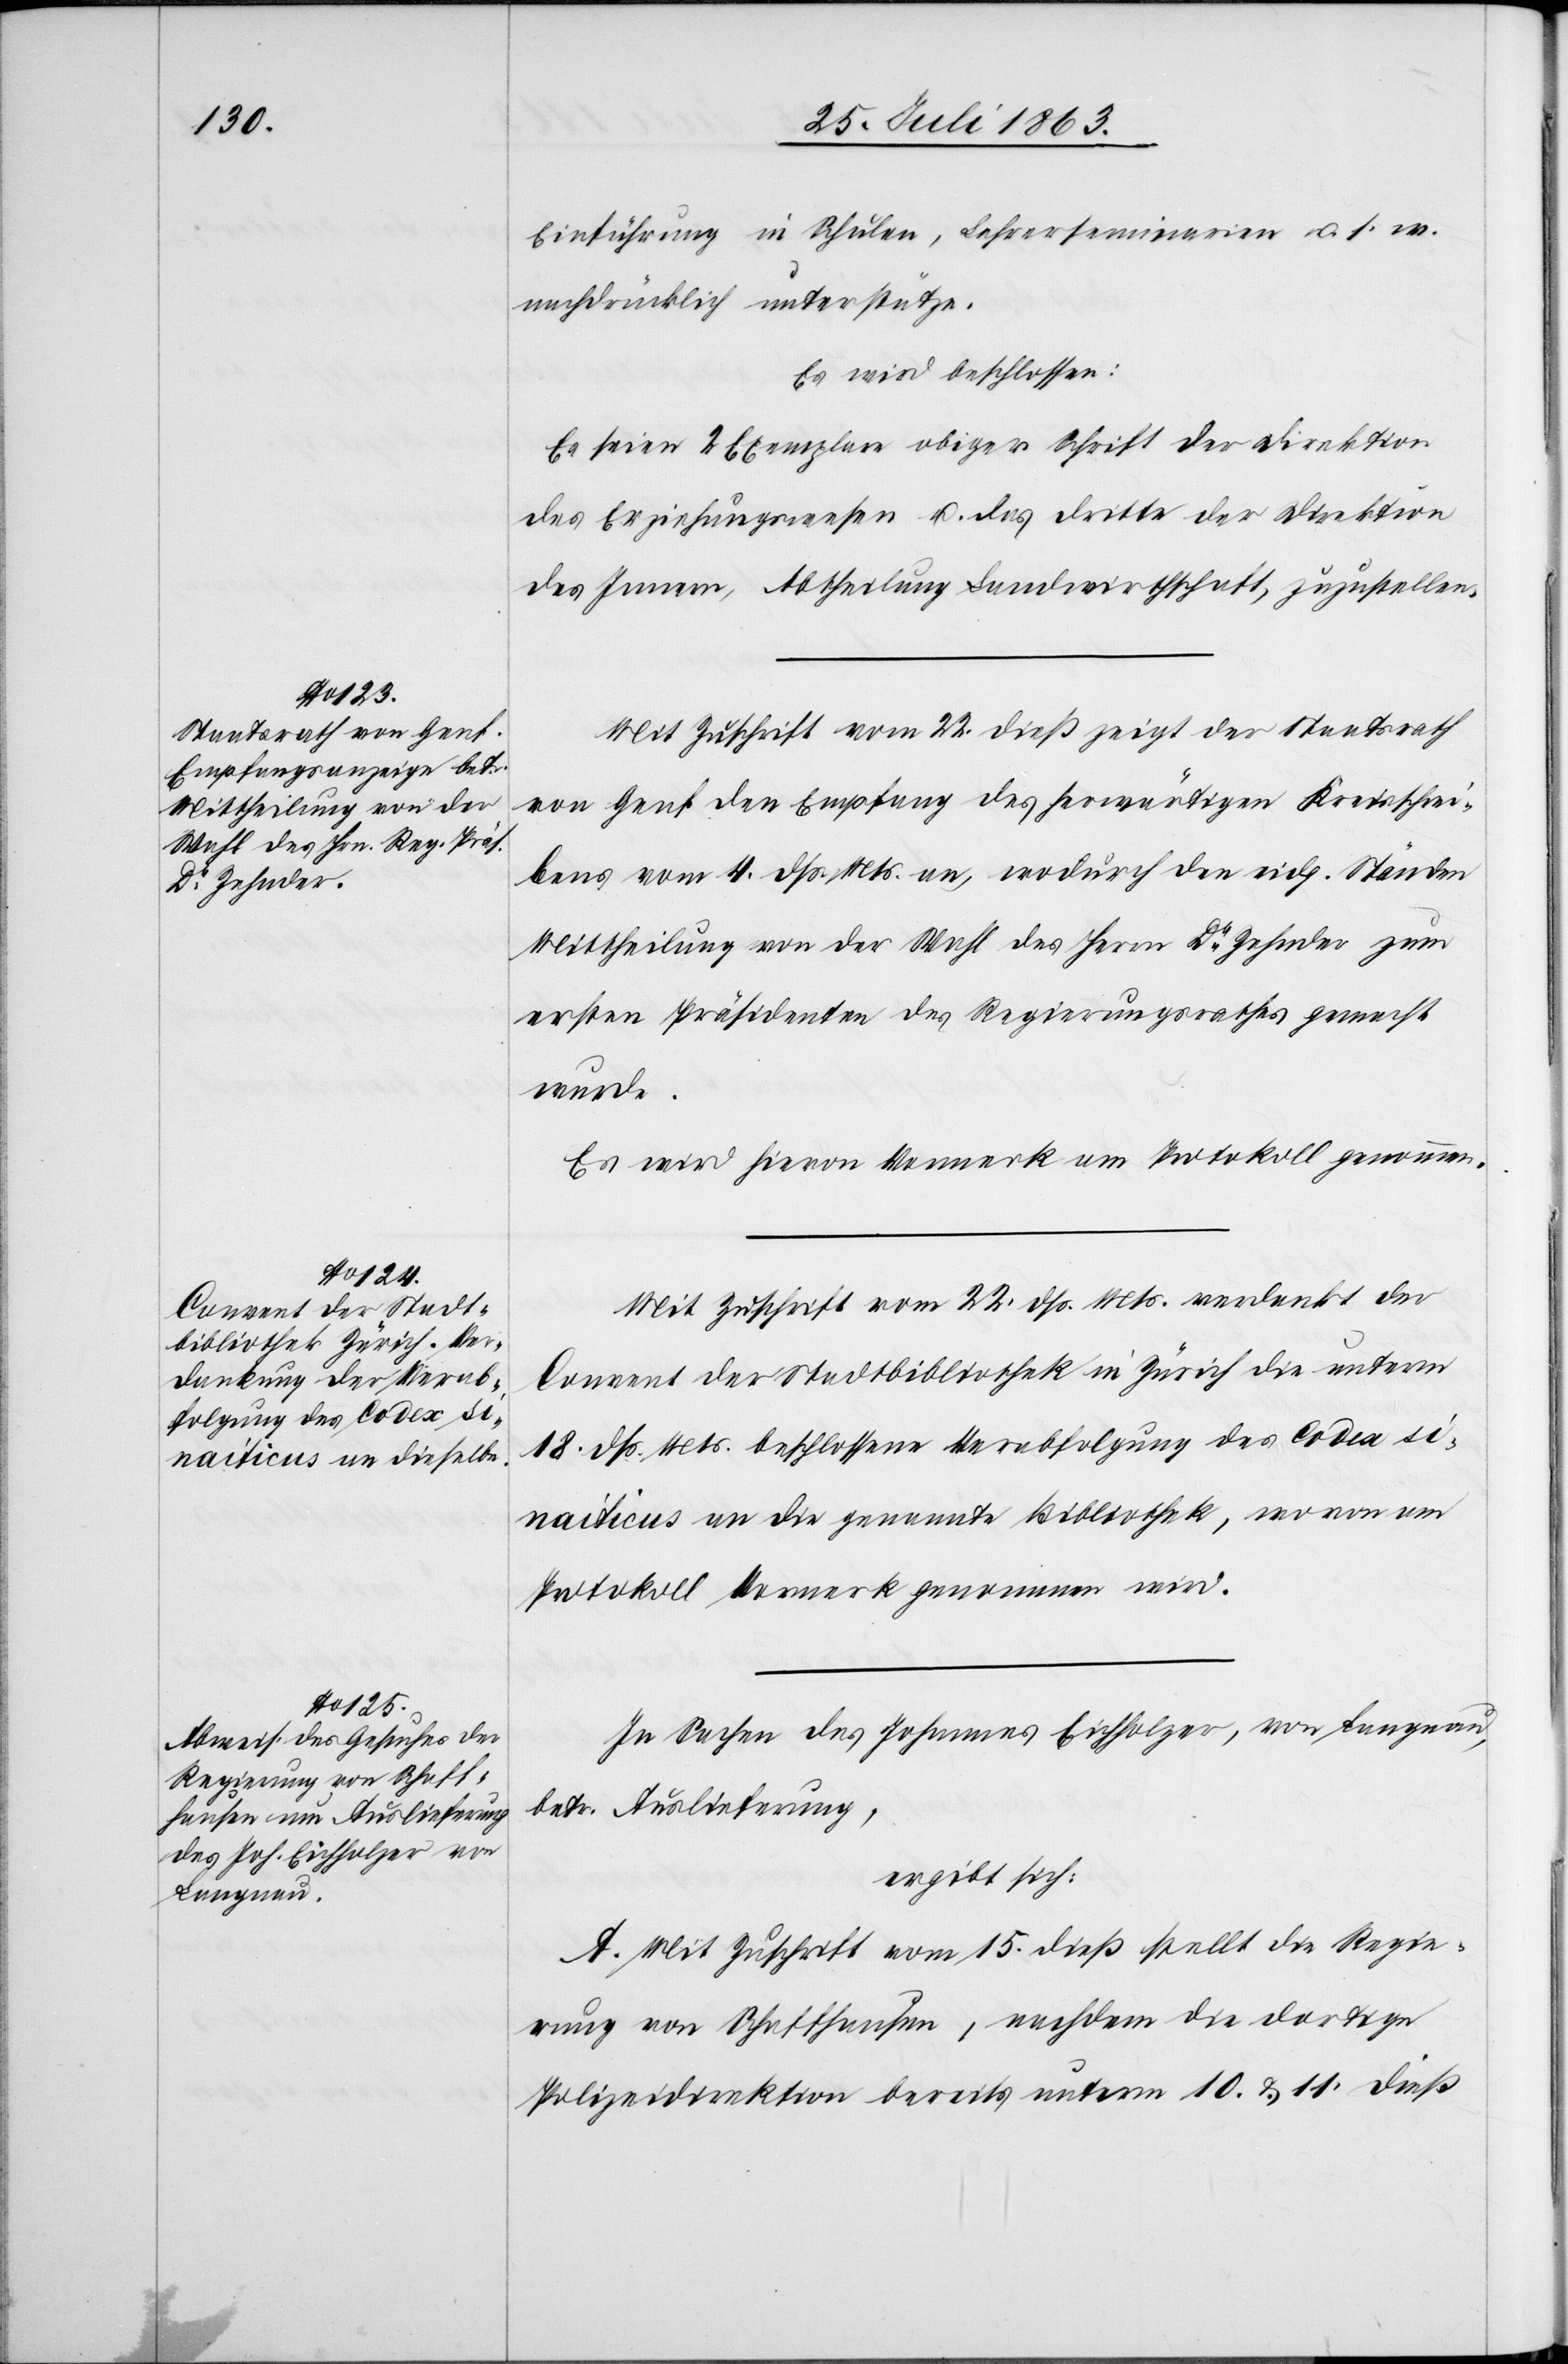
Einführung in Schulen, Lehrerseminarien u. s. w.
nachdrücklich unterstütze.
Es wird beschlossen:
Es seien 2 Exemplare obiger Schrift der Direktion
des Erziehungswesens u. das dritte der Direktion
des Innern, Abtheilung Landwirthschaft, zuzustellen.
Mit Zuschrift vom 22. dieß zeigt der Staatsrath
von Genf den Empfang des herwärtigen Kreisschrei¬
bens vom 4. dß Mts. an, wodurch den eidg. Ständen
Mittheilung von der Wahl des Herrn Dr Zehnder zum
ersten Präsidenten des Regierungsrathes gemacht
wurde.
Es wird hievon Vormerk am Protokoll genommen.
Mit Zuschrift vom 22. dß. Mts. verdankt der
Convent der Stadtbibliothek in Zürich die unterm
18. dß. Mts. beschlossene Verabfolgung des Codex si¬
naiticus an die genannte Bibliothek, wovon am
Protokoll Vormerk genommen wird.
In Sachen des Johannes Eichholzer, von Langnau,
betr. Auslieferung,
ergibt sich:
A. Mit Zuschrift vom 15. dieß stellt die Regie¬
rung von Schaffhausen, nachdem die dortige
Polizeidirektion bereits unterm 10. & 11. dieß